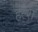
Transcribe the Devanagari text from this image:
हेल्श